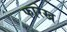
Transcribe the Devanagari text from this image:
फारेख